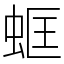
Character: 䖱